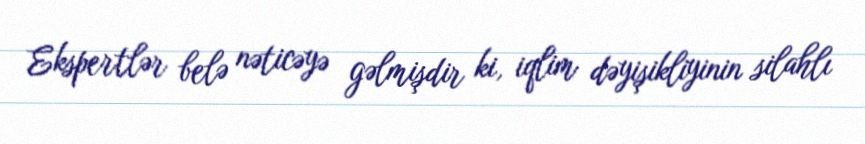
Ekspertlər belə nəticəyə gəlmişdir ki, iqlim dəyişikliyinin silahlı